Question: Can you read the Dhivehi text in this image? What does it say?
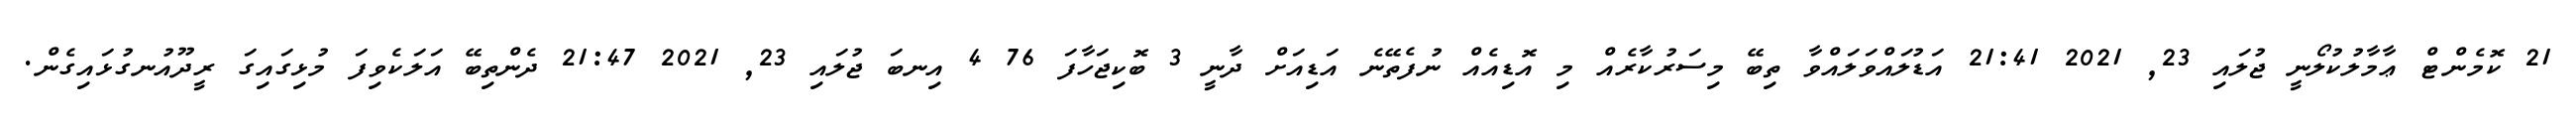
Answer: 21 ކޮމެންޓް ޢާމާލުކުލޯނީ ޖުލައި 23, 2021 21:41 އަޑުލައްވަލައްވާ ތިބޭ މިސަރުކާރެއް މި އޮޑިއެއް ނުފެތޭނެ އަޑިއަށް ދާނީ 3 ބޮކިޖަހާފަ 76 4 އިނބަ ޖުލައި 23, 2021 21:47 ދެންތިބޭ އަލަކެވިފަ މުޅިގައިގަ ރީދޫއުނގުޅައިގެން.